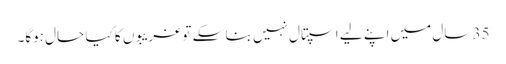
35 سال میں اپنے لیے اسپتال نہیں بنا سکے تو غریبوں کا کیا حال ہوگا۔